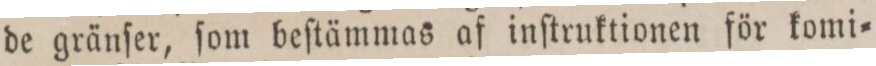
de gränſer, ſom beſtämmas af inſtruktionen för komi=